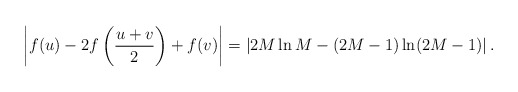
\begin{align*}\left|f(u)-2f\left(\frac{u+v}{2}\right)+f(v)\right| = \left | 2M \ln M - (2M-1) \ln (2M-1) \right|.\end{align*}